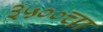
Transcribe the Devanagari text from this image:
३५००चा